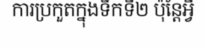
ការប្រកួតក្នុងទឹកទី២ ប៉ុន្តែអ្វី